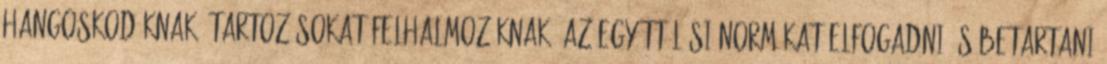
hangoskodóknak, tartozásokat felhalmozóknak, az együttélési normákat elfogadni és betartani